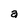
Character: a